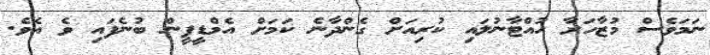
ނަމަވެސް މުޒާހަރާ ހުއްޓާނުލައި ކުރިއަށް ގެންދާނެ ކަމަށް އެމްޑީޕީން ބުނެފައި ވެ އެވެ.